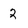
Character: 2